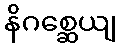
နိဂစ္ဆေယျ